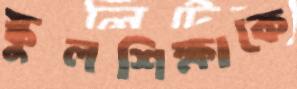
স্কুলশিক্ষাকে